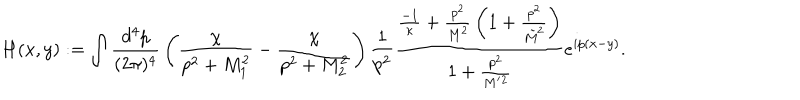
LaTeX: H ( x , y ) : = \int { \frac { d ^ { 4 } p } { ( 2 \pi ) ^ { 4 } } } \left( { \frac { \chi } { p ^ { 2 } + M _ { 1 } ^ { 2 } } } - { \frac { \chi } { p ^ { 2 } + M _ { 2 } ^ { 2 } } } \right) { \frac { 1 } { p ^ { 2 } } } { \frac { { \frac { - 1 } { \kappa } } + { \frac { p ^ { 2 } } { M ^ { 2 } } } \left( 1 + { \frac { p ^ { 2 } } { \tilde { M } ^ { 2 } } } \right) } { 1 + { \frac { p ^ { 2 } } { M ^ { \prime } { } ^ { 2 } } } } } e ^ { i p ( x - y ) } .